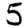
Digit: 5